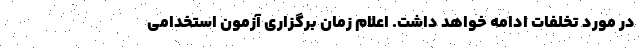
در مورد تخلفات ادامه خواهد داشت. اعلام زمان برگزاری آزمون استخدامی